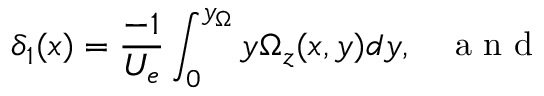
\delta _ { 1 } ( x ) = \frac { - 1 } { U _ { e } } \int _ { 0 } ^ { y _ { \Omega } } y \Omega _ { z } ( x , y ) d y , \, \, \, \, \, \mathrm { ~ a ~ n ~ d ~ }